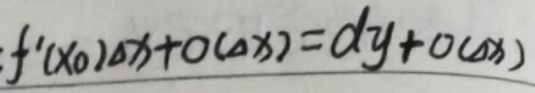
\[f^{\prime}(x_0)\Delta x + O(\Delta x)=dy + O(\Delta x)\]